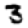
Digit: 3